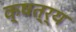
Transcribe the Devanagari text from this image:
क्षत्र्य